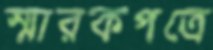
স্মারকপত্রে